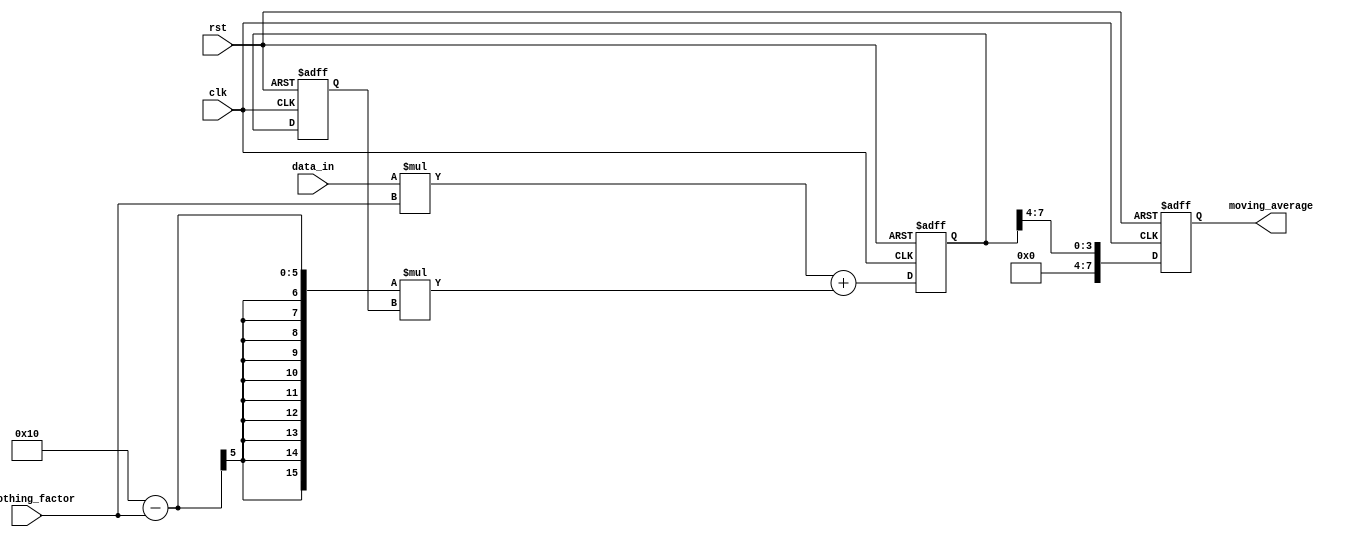
module exp_moving_avg_accumulator(
    input wire clk,
    input wire rst,
    input wire [DATA_WIDTH-1:0] data_in,
    input wire [SMOOTHING_FACTOR_WIDTH-1:0] smoothing_factor,
    output wire [DATA_WIDTH-1:0] moving_average
);

parameter DATA_WIDTH = 8; // Width of input data stream
parameter SMOOTHING_FACTOR_WIDTH = 4; // Width of smoothing factor

reg [DATA_WIDTH-1:0] prev_avg;
reg [DATA_WIDTH-1:0] moving_average_temp;
reg [DATA_WIDTH-1:0] moving_average;

always @(posedge clk or posedge rst) begin
    if (rst) begin
        prev_avg <= 8'h00; // Reset initial average value
        moving_average_temp <= 8'h00; // Reset temporary moving average value
        moving_average <= 8'h00; // Reset final moving average value
    end else begin
        // Compute the exponential moving average using the formula:
        // New_avg = data_in * smoothing_factor + (1 - smoothing_factor) * prev_avg
        moving_average_temp <= data_in * smoothing_factor + (16'sd16 - smoothing_factor) * prev_avg;
        prev_avg <= moving_average_temp;
        moving_average <= moving_average_temp >> SMOOTHING_FACTOR_WIDTH; // Divide by 2^n for smoothing factor
    end
end

endmodule